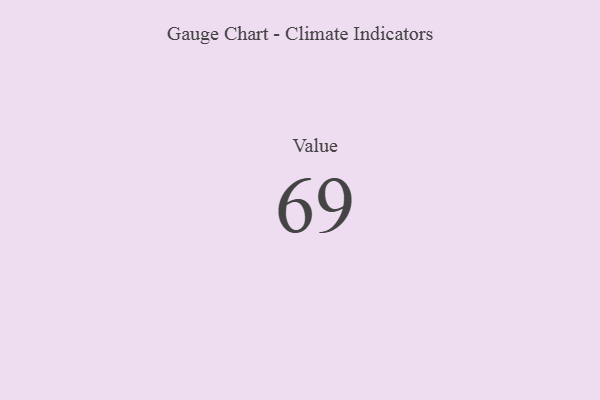
{"axis": {"x": "Metric", "y": "Value"}, "legend": [""], "data": [{"x": "Value", "y": 69, "type": ""}]}